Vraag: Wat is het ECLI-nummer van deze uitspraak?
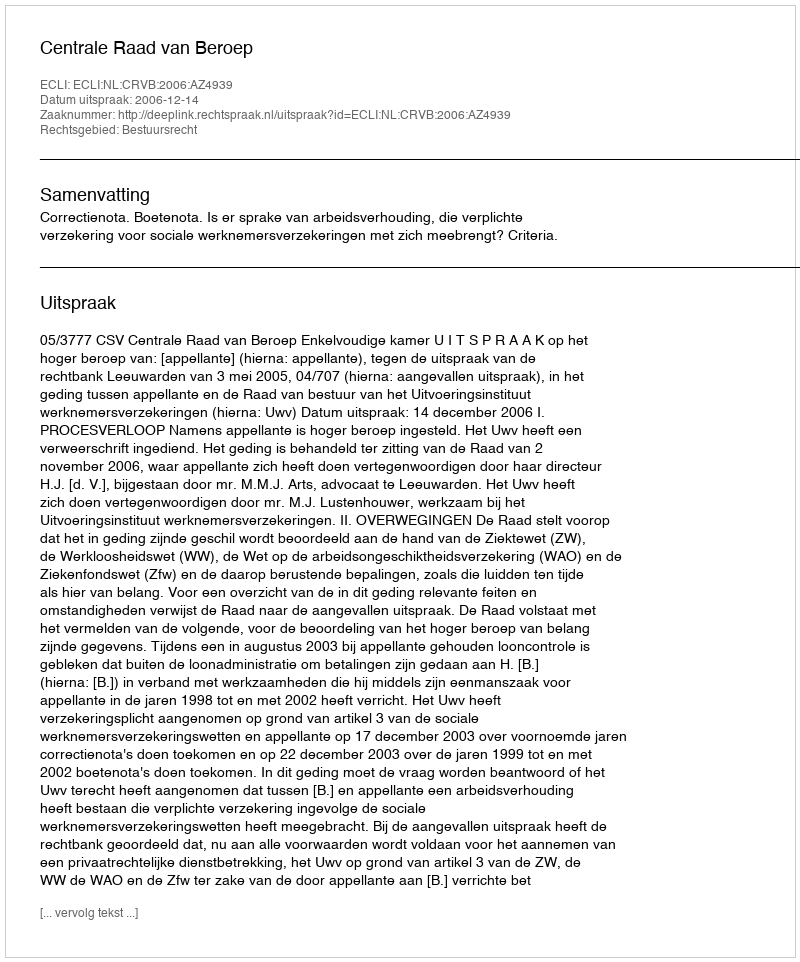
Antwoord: ECLI:NL:CRVB:2006:AZ4939